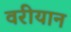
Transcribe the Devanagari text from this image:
वरीयान